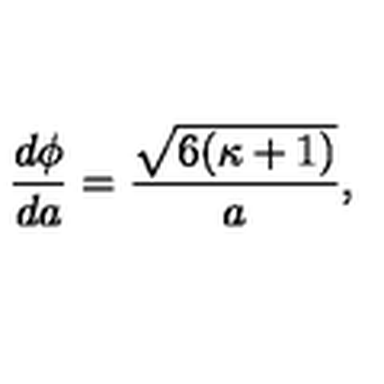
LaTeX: { \frac { d \phi } { d a } } = { \frac { \sqrt { 6 ( \kappa + 1 ) } } { a } } ,